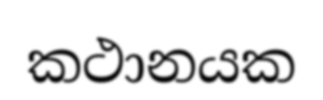
කථානයක